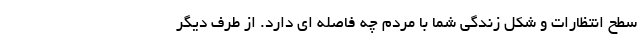
سطح انتظارات و شکل زندگی شما با مردم چه فاصله ای دارد. از طرف دیگر